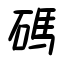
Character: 碼